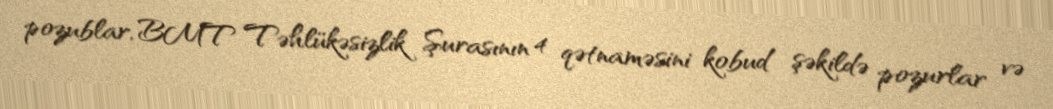
pozublar, BMT Təhlükəsizlik Şurasının 4 qətnaməsini kobud şəkildə pozurlar və